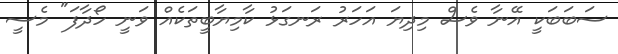
ސަބަބަކީ އޭނާ ވެސް މިދިޔަ އަހަރު ރަނގަޅު ކާމިޔާބީތަކެއް ވަނީ ހޯދާފަ" މެސީ